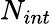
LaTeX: N_{int}